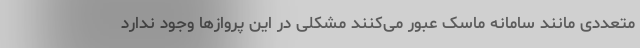
متعددی مانند سامانه ماسک عبور می‌کنند مشکلی در این پرواز‌ها وجود ندارد